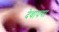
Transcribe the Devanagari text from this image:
देवापगा